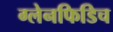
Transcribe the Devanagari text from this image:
ग्लेनफिडिच